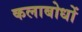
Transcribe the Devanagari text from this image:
कलाबोधों